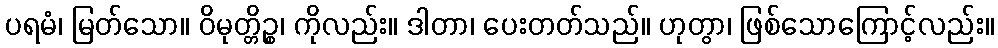
ပရမံ၊ မြတ်သော။ ဝိမုတ္တိဉ္စ၊ ကိုလည်း။ ဒါတာ၊ ပေးတတ်သည်။ ဟုတွာ၊ ဖြစ်သောကြောင့်လည်း။